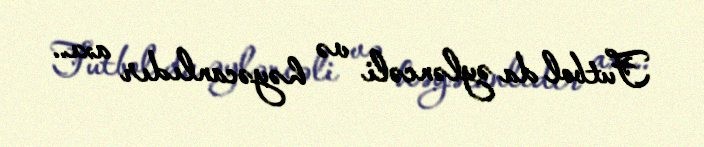
Futbol da əyləncəli və həyəcanlıdır axı..